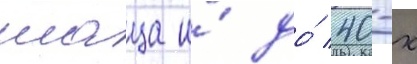
шаца и́ до́ 40-х